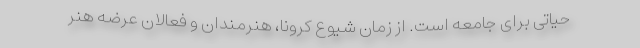
حیاتی برای جامعه است. از زمان شیوع کرونا، هنرمندان و فعالان عرضه هنر